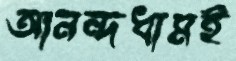
আনন্দধামই